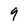
Character: 9